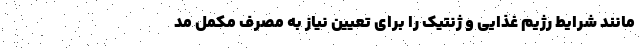
مانند شرایط رژیم غذایی و ژنتیک را برای تعیین نیاز به مصرف مکمل مد